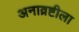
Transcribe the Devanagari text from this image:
अनाव्रष्टीला